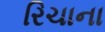
રિચાના